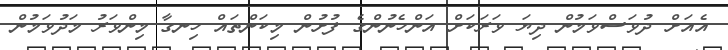
އެއަށް ދުވަސްވަމުން ދިޔަ ވަރަކަށް އަންހެނުންގެ ފުށުން މިކަންތައް ހިނގާ މިންވަރު މަދުވަމުން